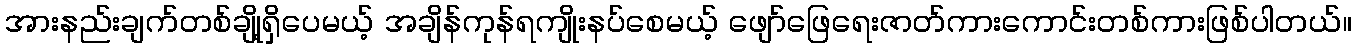
အားနည်းချက်တစ်ချို့ရှိပေမယ့် အချိန်ကုန်ရကျိုးနပ်စေမယ့် ဖျော်ဖြေရေးဇာတ်ကားကောင်းတစ်ကားဖြစ်ပါတယ်။